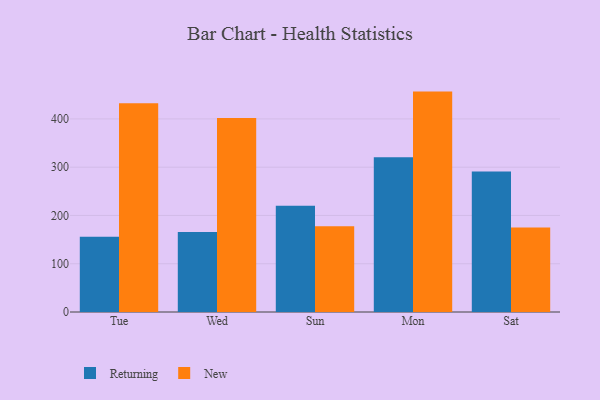
{"axis": {"x": "Day", "y": "Temperature (°C)"}, "legend": ["New", "Returning"], "data": [{"x": "Tue", "y": 155.7, "type": "Returning"}, {"x": "Tue", "y": 432.6, "type": "New"}, {"x": "Wed", "y": 165.6, "type": "Returning"}, {"x": "Wed", "y": 401.9, "type": "New"}, {"x": "Sun", "y": 220.3, "type": "Returning"}, {"x": "Sun", "y": 177.6, "type": "New"}, {"x": "Mon", "y": 320.8, "type": "Returning"}, {"x": "Mon", "y": 456.6, "type": "New"}, {"x": "Sat", "y": 291.3, "type": "Returning"}, {"x": "Sat", "y": 175.2, "type": "New"}]}